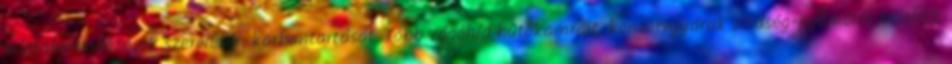
klímaberendezések szerelését, karbantartását. Több vágóhíd hûtôkamráit, konzervgyárak zöldség-gyümölcs tárolóit,